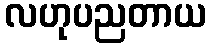
လဟုပညတာယ